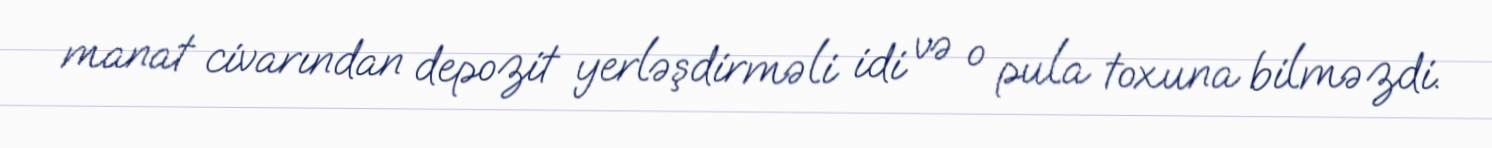
manat civarından depozit yerləşdirməli idi və o pula toxuna bilməzdi.